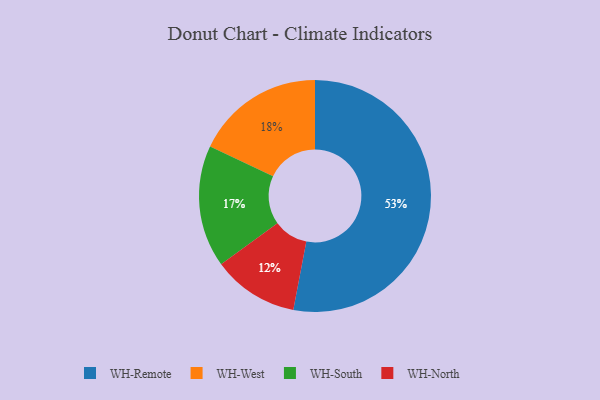
{"axis": {"x": "Category", "y": "Percentage"}, "legend": ["WH-North", "WH-Remote", "WH-South", "WH-West"], "data": [{"x": "WH-North", "y": 12, "type": "WH-North"}, {"x": "WH-South", "y": 17, "type": "WH-South"}, {"x": "WH-Remote", "y": 53, "type": "WH-Remote"}, {"x": "WH-West", "y": 18, "type": "WH-West"}]}